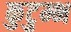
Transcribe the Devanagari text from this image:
कुटुम्भ